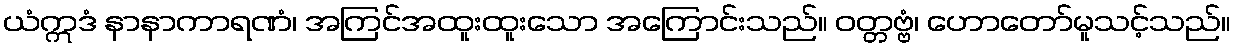
ယံဣဒံ နာနာကာရဏံ၊ အကြင်အထူးထူးသော အကြောင်းသည်။ ဝတ္တဗ္ဗံ၊ ဟောတော်မူသင့်သည်။